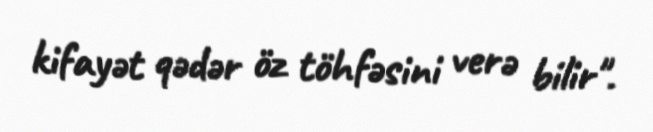
kifayət qədər öz töhfəsini verə bilir".